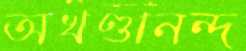
অখণ্ডানন্দ